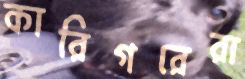
কারিগরেরা